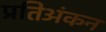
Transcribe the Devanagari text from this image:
प्रतिअंकन